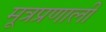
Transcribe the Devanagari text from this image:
मूत्रप्रणाली